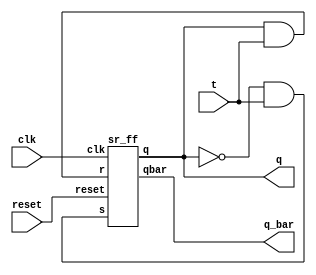
module t_using_sr(input clk,reset,t,output q,q_bar);
wire w1,w2;
assign w1 = ~q&t;
assign w2 = q&t;
sr_ff dut(clk,reset,w1,w2,q,q_bar);
endmodule 

module sr_ff(input clk,reset,s,r,output reg q,output qbar);
always @(posedge clk) begin
if(!reset) begin
  case({s,r})
    2'b00:q <= q;
    2'b01:q <= 1'b0;
    2'b10:q <= 1'b1;
    2'b11:q <= 1'bx;
  endcase
  end
else
q <= 1'b0;
end
assign qbar = ~q;
endmodule